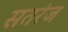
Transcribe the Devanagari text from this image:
सतरंज